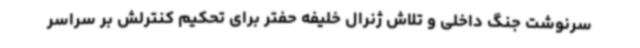
سرنوشت جنگ داخلی و تلاش ژنرال خلیفه حفتر برای تحکیم کنترلش بر سراسر